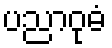
ပညာဝုဓံ